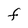
Character: f